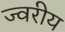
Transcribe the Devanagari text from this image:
ज्वरीय